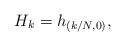
LaTeX: \begin{align*} H_k = h_{(k/N,0)},\end{align*}